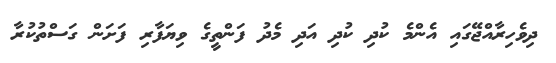
ދިވެހިރާއްޖޭގައި އެންމެ ކުދި ކުދި އަދި މެދު ފަންތީގެ ވިޔަފާރި ފަށަން ގަސްތުކުރާ